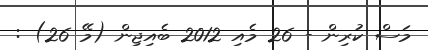
މަސް ކުރިން - 26 މެއި 2012 ބެއިޖިން (މޭ 26) :